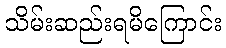
သိမ်းဆည်းရမိကြောင်း